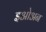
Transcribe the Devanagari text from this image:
इओअन